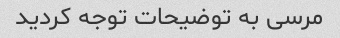
مرسی به توضیحات توجه کردید